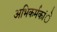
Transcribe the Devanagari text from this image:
अभिकर्मकांे